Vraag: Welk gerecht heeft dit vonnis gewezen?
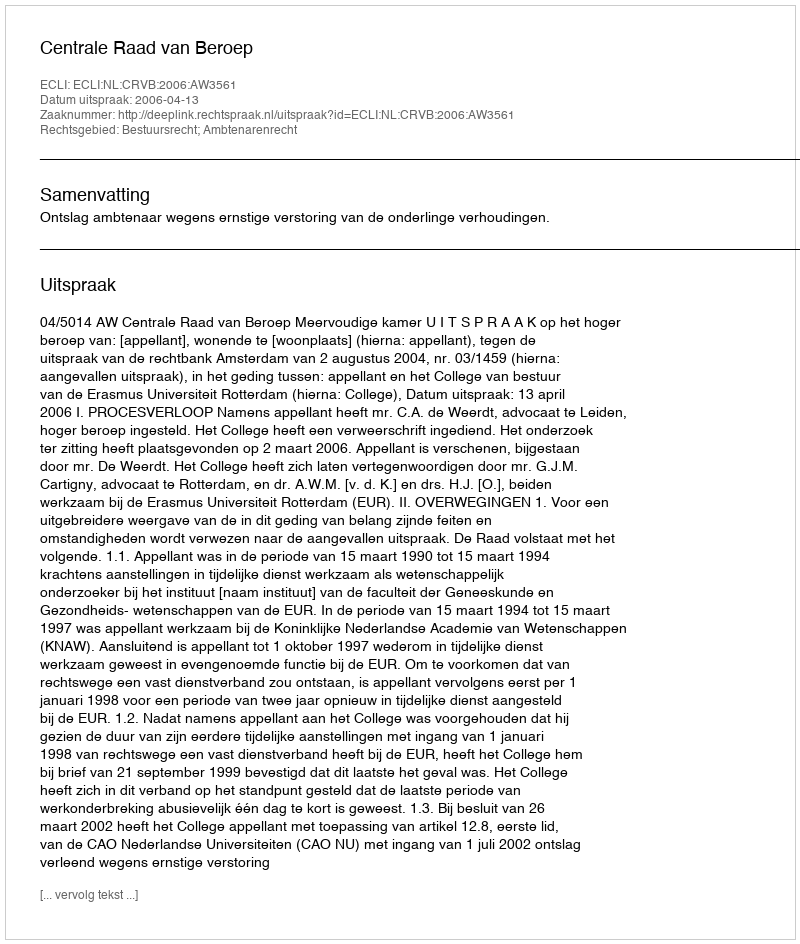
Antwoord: Centrale Raad van Beroep